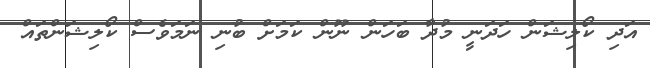
އަދި ކޯލިޝަން ހަދަނީ މުދާ ބަހަން ނޫން ކަމަށް ބުނި ނަމަވެސް ކޯލިޝަންތައް